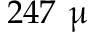
2 4 7 ~ \upmu